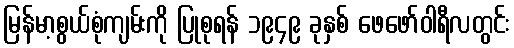
မြန်မာ့စွယ်စုံကျမ်းကို ပြုစုရန် ၁၉၄၉ ခုနှစ် ဖေဖော်ဝါရီလတွင်း